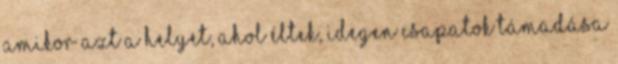
amikor azt a helyet, ahol éltek, idegen csapatok támadása